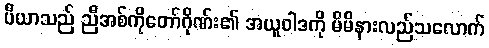
ပီယာသည် ညီအစ်ကိုတော်ဂိုဏ်း၏ အယူဝါဒကို မိမိနားလည်သလောက်